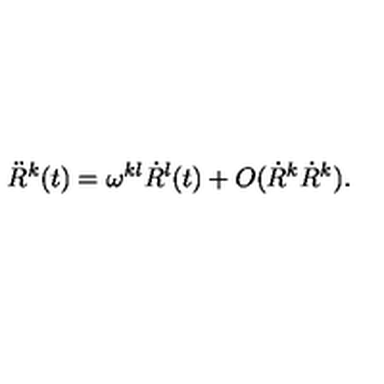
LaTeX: \ddot { R } ^ { k } ( t ) = \omega ^ { k l } \dot { R } ^ { l } ( t ) + O ( \dot { R } ^ { k } \dot { R } ^ { k } ) .